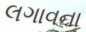
લગાવના